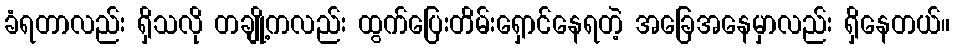
ခံရတာလည်း ရှိသလို တချို့ကလည်း ထွက်ပြေးတိမ်းရှောင်နေရတဲ့ အခြေအနေမှာလည်း ရှိနေတယ်။